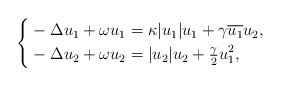
\begin{align*}\left\{\begin{aligned}&-\Delta u_1 + \omega u_1 = \kappa |u_1|u_1 + \gamma \overline{u_1} u_2, \\&-\Delta u_2 + \omega u_2 = |u_2|u_2 + \tfrac{\gamma}2 u_1^2,\end{aligned}\right.\end{align*}